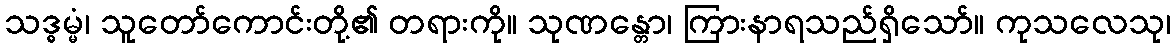
သဒ္ဓမ္မံ၊ သူတော်ကောင်းတို့၏ တရားကို။ သုဏန္တော၊ ကြားနာရသည်ရှိသော်။ ကုသလေသု၊